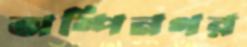
অম্পিনগর